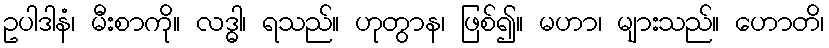
ဥပါဒါနံ၊ မီးစာကို။ လဒ္ဓါ၊ ရသည်။ ဟုတွာန၊ ဖြစ်၍။ မဟာ၊ များသည်။ ဟောတိ၊